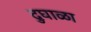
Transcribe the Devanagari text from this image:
दुघाळा